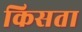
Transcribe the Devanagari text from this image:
किसता